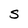
Character: S